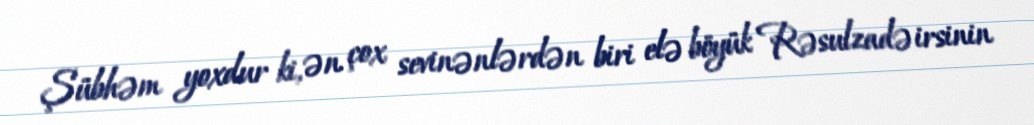
Şübhəm yoxdur ki, ən çox sevinənlərdən biri elə böyük Rəsulzadə irsinin